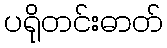
ပရိုတင်းဓာတ်